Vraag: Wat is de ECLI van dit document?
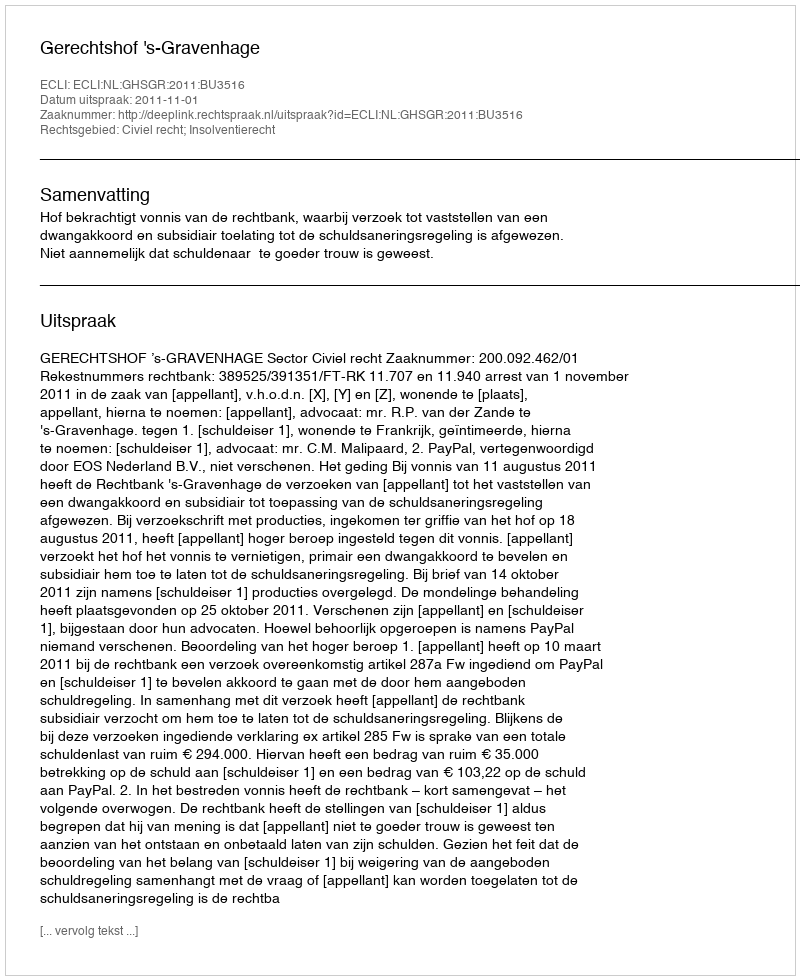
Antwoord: ECLI:NL:GHSGR:2011:BU3516